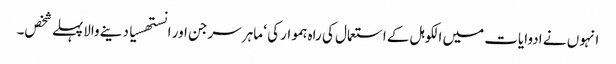
انہوں نے ادوایات میں الکوہل کے استعمال کی راہ ہموار کی ‘ ماہر سرجن اور انستھسیا دینے والاپہلے شخص۔